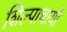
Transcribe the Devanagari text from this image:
शिल्पाचार्यो